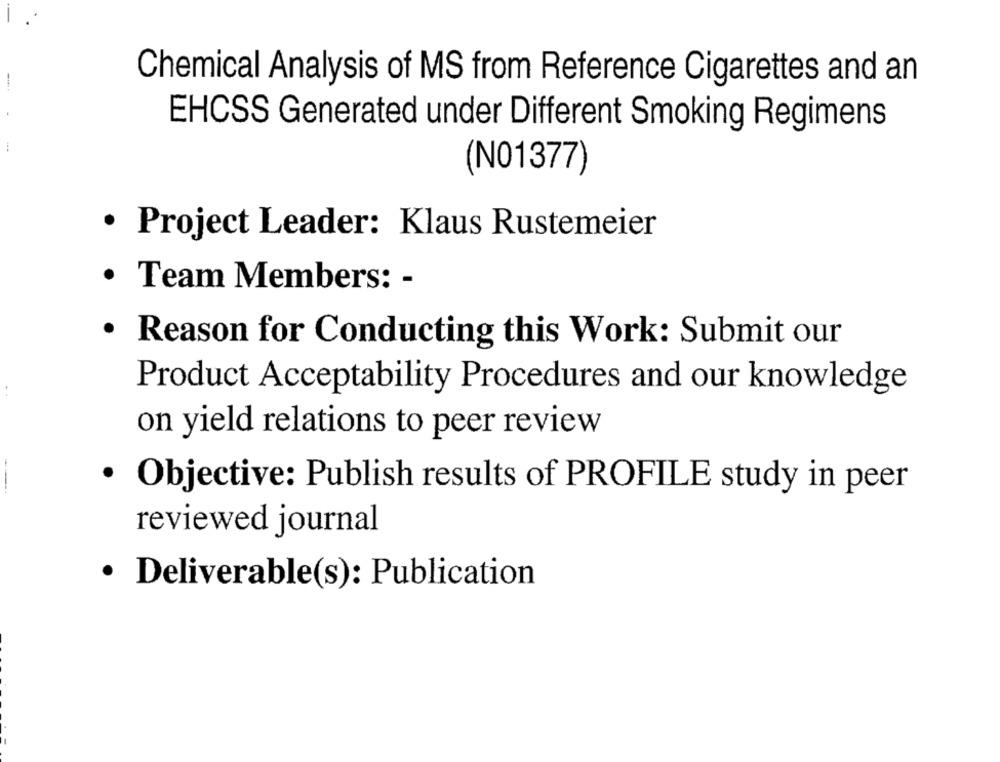
Chemical Analysis of MS from Reference Cigarettes and an
EHCSS Generated under Different Smoking Regimens
(NO1377)
· Project Leader: Klaus Rustemeier
· Team Members: -
· Reason for Conducting this Work: Submit our
Product Acceptability Procedures and our knowledge
. .
on yield relations to peer review
---
· Objective: Publish results of PROFILE study in peer
reviewed journal
· Deliverable(s): Publication